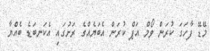
މޭޑޭ ފާހަގަ ކުރަން ވޯމް އަޕް ކުރަން އެބަޔެއްގެ ރަށުގައި އެކަނބަޑެ ބެއްޔާ